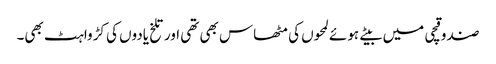
صندوقچی میں بیتے ہوئے لمحوں کی مٹھاس بھی تھی اور تلخ یادوں کی کڑواہٹ بھی۔